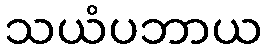
သယံပဘာယ